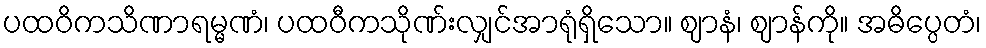
ပထဝိကသိဏာရမ္မဏံ၊ ပထဝီကသိုဏ်းလျှင်အာရုံရှိသော။ ဈာနံ၊ ဈာန်ကို။ အဓိပ္ပေတံ၊